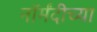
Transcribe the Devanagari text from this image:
नॉर्मंदीच्या